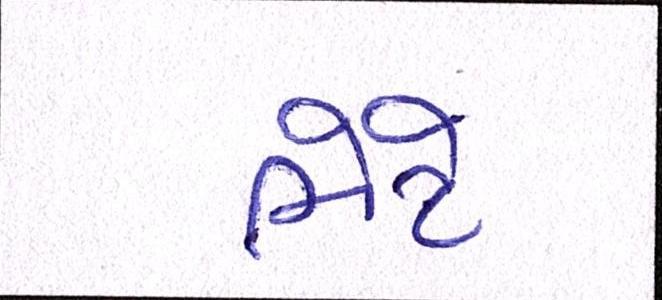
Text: ભેટે